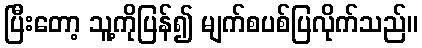
ပြီးတော့ သူ့ကိုပြန်၍ မျက်စပစ်ပြလိုက်သည်။